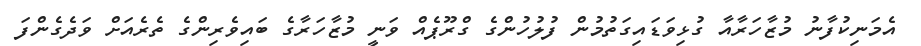
އެމަނިކުފާނު މުޒާހަރާއާ ގުޅިވަޑައިގަތުމުން ފުލުހުންގެ ގްރޫޕެއް ވަނީ މުޒާހަރާގެ ބައިވެރިންގެ ތެރެއަށް ވަދެގެންފަ